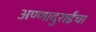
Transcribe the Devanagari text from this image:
अण्णादुराईंचा